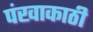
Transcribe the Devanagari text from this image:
पंखाकाठी